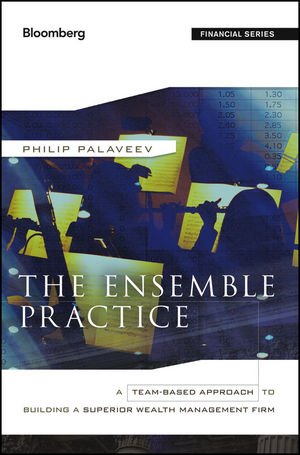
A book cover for The Ensemble Practice: A Team-Based Approach to Building a Superior Wealth Management Firm; P. Palaveev; Business & Money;